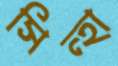
সিন্হা